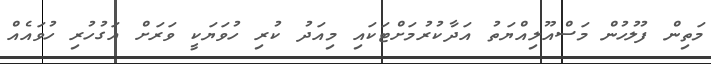
މަތިން ފުލުހުން މަސްއޫލިއްޔަތު އަދާކުރުމަށްޓަކައި މިއަދު ކުރި ހުވަޔަކީ ވަރަށް އަގުހުރި ހުވައެއް